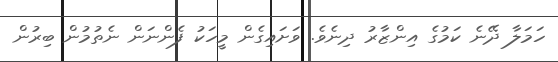
ހަމަލާ ދޭނެ ކަމުގެ އިންޒާރު ދިނެވެ. ވަށައިގެން މީހަކު ފެންނަން ނެތުމުން ބިރުން